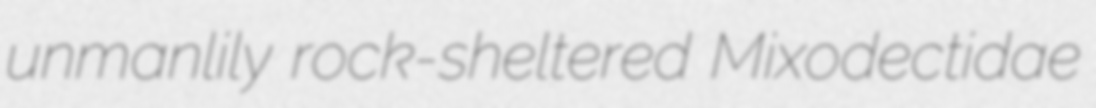
unmanlily rock-sheltered Mixodectidae